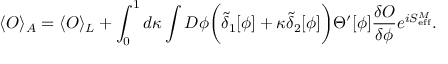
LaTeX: \langle { \cal O } \rangle _ { A } = \langle { \cal O } \rangle _ { L } + \int _ { 0 } ^ { 1 } d \kappa \int D \phi \biggl ( \tilde { \delta } _ { 1 } [ \phi ] + \kappa \tilde { \delta } _ { 2 } [ \phi ] \biggr ) \Theta ^ { \prime } [ \phi ] { \frac { \delta { \cal O } } { \delta \phi } } e ^ { i S _ { \mathrm { e f f } } ^ { M } } .